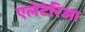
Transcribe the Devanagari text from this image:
एलेटेरिआ